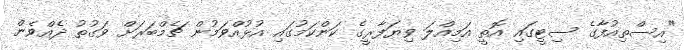
"އިސްތިއުފާގެ ސިޓީގައި އޮތީ އަމިއްލަ ވިޔަފާރީގެ ކަންކަމުގައި އުޅުއްވަމުން ޗެމްބަރަށް ވަގުތު ދެއްވެން